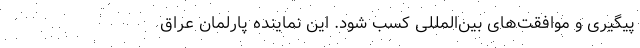
پیگیری و موافقت‌های بین‌المللی کسب شود. این نماینده پارلمان عراق